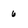
Character: 6